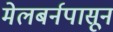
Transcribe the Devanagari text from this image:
मेलबर्नपासून